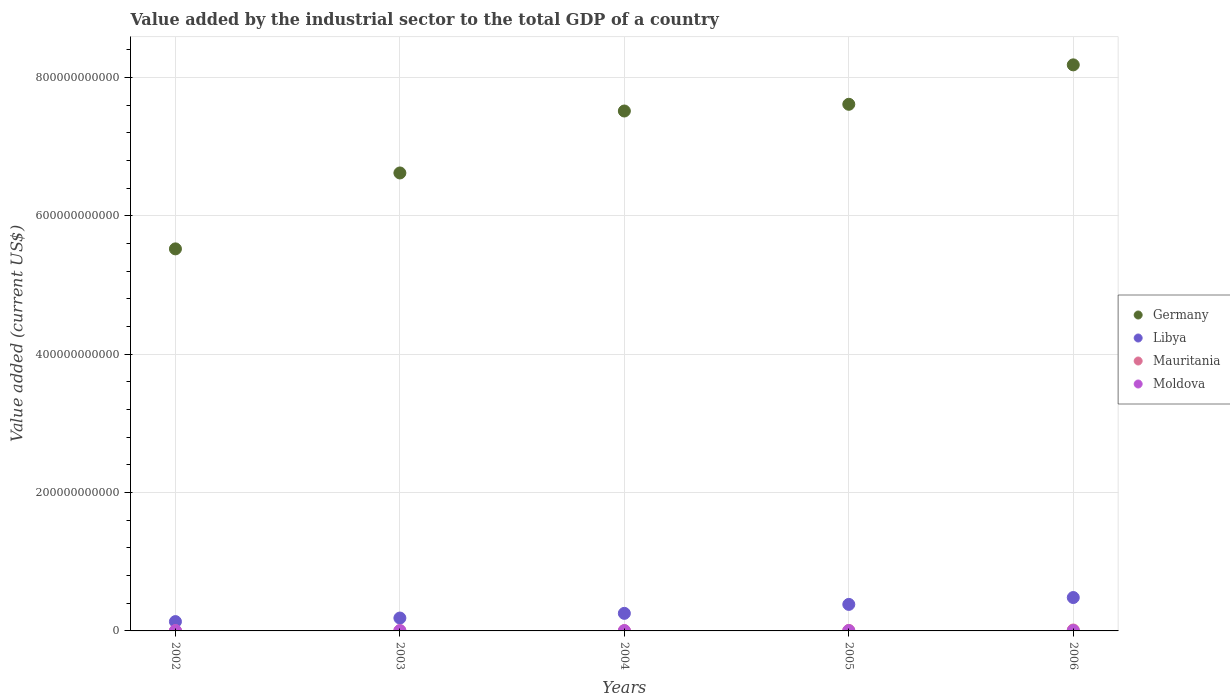
| Years | Germany | Libya | Mauritania | Moldova |
 | --- | --- | --- | --- | --- |
 | 2002 | 5.52e+11 | 1.35e+10 | 3.25e+08 | 3.36e+08 |
 | 2003 | 6.62e+11 | 1.86e+10 | 3.52e+08 | 4.14e+08 |
 | 2004 | 7.51e+11 | 2.54e+10 | 4.6e+08 | 3.86e+08 |
 | 2005 | 7.61e+11 | 3.83e+10 | 6.69e+08 | 4.1e+08 |
 | 2006 | 8.18e+11 | 4.83e+10 | 1.32e+09 | 4.43e+08 |